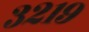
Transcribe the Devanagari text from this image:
३२१९